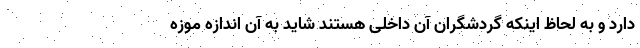
دارد و به لحاظ اینکه گردشگران آن داخلی هستند شاید به آن اندازه موزه